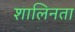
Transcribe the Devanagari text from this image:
शालिनता